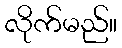
လိုက်မည်။